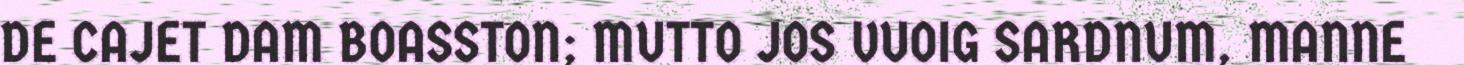
DE CAJET DAM BOASSTON; MUTTO JOS VUOIG SARDNUM, MANNE